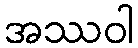
အဿဝါ